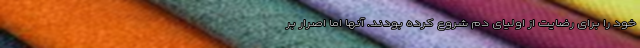
خود را برای رضایت از اولیای دم شروع کرده بودند. آنها اما اصرار بر